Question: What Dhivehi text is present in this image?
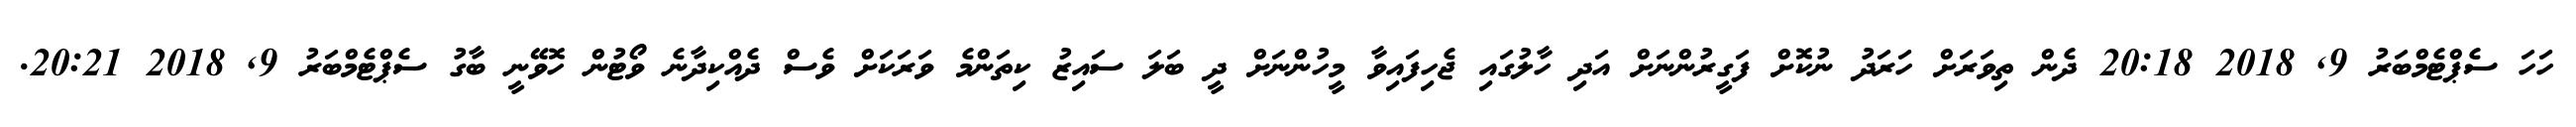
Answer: ހަހަ ސެޕްޓެމްބަރު 9, 2018 20:18 ދެން ތިވަރަށް ހަރަދު ނުކޮށް ފަގީރުންނަށް އަދި ހާލުގައި ޖެހިފައިވާ މީހުންނަށް ދީ ބަލަ ސައިޒު ކިތަންމެ ވަރަކަށް ވެސް ދެއްކިދާނެ ވޯޓުން ހޮވޭނީ ބާގު ސެޕްޓެމްބަރު 9, 2018 20:21.